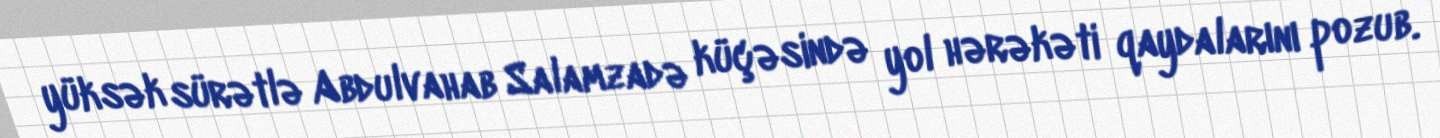
yüksək sürətlə Abdulvahab Salamzadə küçəsində yol hərəkəti qaydalarını pozub.